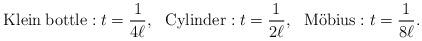
LaTeX: \begin{align*}{\rm Klein \:bottle}: t = \frac{1}{4\ell}, ~~{\rm Cylinder}: t = \frac{1}{2\ell}, ~~{\rm M\ddot{o}bius}: t = \frac{1}{8\ell}.\end{align*}